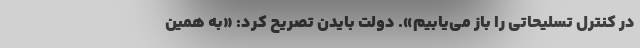
در کنترل تسلیحاتی را باز می‌یابیم». دولت بایدن تصریح کرد: «به همین